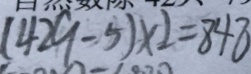
( 4 2 9 - 5 ) \times 2 = 8 4 8